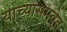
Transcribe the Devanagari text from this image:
याच्यासमवेत